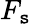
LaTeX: F_{\mathtt{s}}